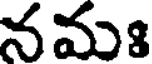
నమః